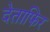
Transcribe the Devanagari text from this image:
देताफिर